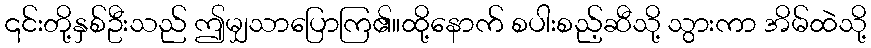
၎င်းတို့နှစ်ဦးသည် ဤမျှသာပြောကြ၏။ထို့နောက် စပါးစည့်ဆီသို့ သွားကာ အိမ်ထဲသို့